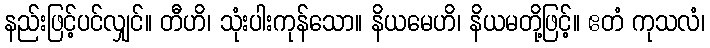
နည်းဖြင့်ပင်လျှင်။ တီဟိ၊ သုံးပါးကုန်သော။ နိယမေဟိ၊ နိယမတို့ဖြင့်။ ဧတံ ကုသလံ၊